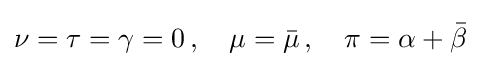
\nu =\tau =\gamma =0\,,\quad \mu ={\bar {\mu }}\,,\quad \pi =\alpha +{\bar {\beta }}